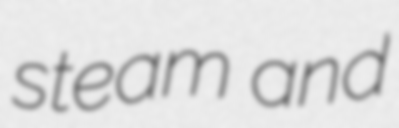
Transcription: steam and